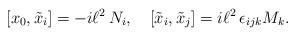
LaTeX: \begin{align*} [x_0, \tilde{x}_i] = - i\ell^2 \, N_i, \quad [\tilde{x}_i, \tilde{x}_j] = i\ell^2 \,\epsilon_{ijk} M_k.\end{align*}